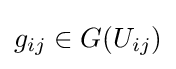
g_{ij}\in G(U_{ij})